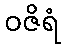
ဝဇိရံ